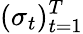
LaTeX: (\sigma_{t})_{t=1}^{T}